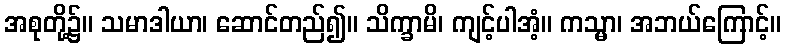
အစုတို့၌။ သမာဒါယာ၊ ဆောင်တည်၍။ သိက္ခာမိ၊ ကျင့်ပါအံ့။ ကသ္မာ၊ အဘယ်ကြောင့်။